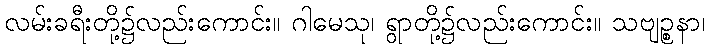
လမ်းခရီးတို့၌လည်းကောင်း။ ဂါမေသု၊ ရွာတို့၌လည်းကောင်း။ သဗျဉ္စနာ၊